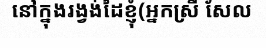
នៅក្នុងរង្វង់ដៃខ្ញុំ(អ្នកស្រី សែល